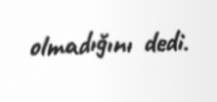
olmadığını dedi.